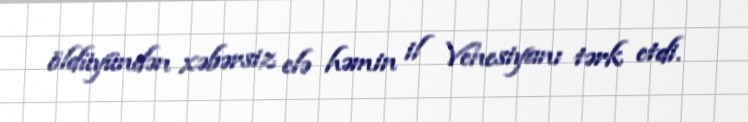
öldüyündən xəbərsiz elə həmin il Venesiyanı tərk etdi.